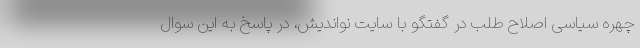
چهره سیاسی اصلاح طلب در گفتگو با سایت نواندیش، در پاسخ به این سوال